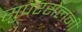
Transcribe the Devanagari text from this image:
सुपरसेलनी